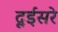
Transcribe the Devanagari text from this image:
दूईसरे